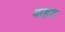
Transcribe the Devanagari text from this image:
वाहट